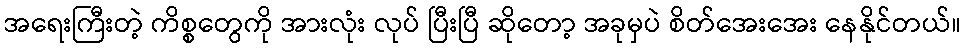
အရေးကြီးတဲ့ ကိစ္စတွေကို အားလုံး လုပ် ပြီးပြီ ဆိုတော့ အခုမှပဲ စိတ်အေးအေး နေနိုင်တယ်။